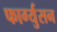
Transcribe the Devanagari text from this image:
फार्ग्युसन